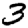
Digit: 3